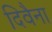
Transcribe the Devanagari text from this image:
दिवैना